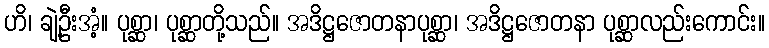
ဟိ၊ ချဲ့ဦးအံ့။ ပုစ္ဆာ၊ ပုစ္ဆာတို့သည်။ အဒိဋ္ဌဇောတနာပုစ္ဆာ၊ အဒိဋ္ဌဇောတနာ ပုစ္ဆာလည်းကောင်း။